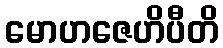
မောဟဇေဟိပီတိ